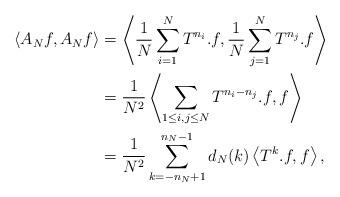
LaTeX: \begin{align*}\left<A_{N}f,A_{N}f\right> &= \left<\frac{1}{N}\sum_{i=1}^{N}T^{n_{i}}.f,\frac{1}{N}\sum_{j=1}^{N}T^{n_{j}}.f\right> \\&= \frac{1}{N^2}\left<\sum_{1\leq i,j\leq N} T^{n_{i}-n_{j}}.f,f\right> \\&= \frac{1}{N^2}\sum_{k=-n_{N}+1}^{n_{N}-1}d_{N}(k)\left<T^{k}.f,f\right>, \end{align*}